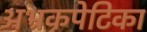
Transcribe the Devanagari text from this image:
अभ्रकपेटिका